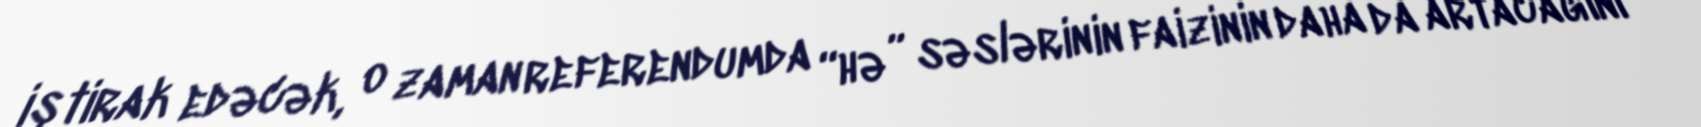
iştirak edəcək, o zaman referendumda “hə” səslərinin faizinin daha da artacağını